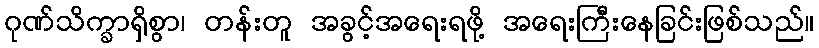
ဂုဏ်သိက္ခာရှိစွာ၊ တန်းတူ အခွင့်အရေးရဖို့ အရေးကြီးနေခြင်းဖြစ်သည်။